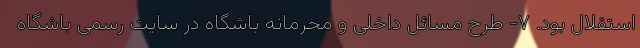
استقلال بود. ۷- طرح مسائل داخلی و محرمانه باشگاه در سایت رسمی باشگاه